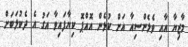
މާޒިޔާ އާއި ވެލެންސިއާ އަށް ކުޅެން އޮއްޕޮ ކިޔާފައިވާ އަގު އެ ދެކުލަބަށް